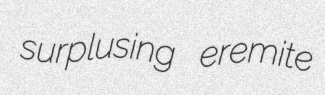
surplusing eremite